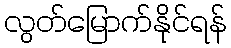
လွတ်မြောက်နိုင်ရန်